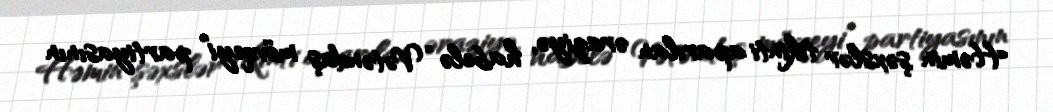
Həmin şəxslər tikinti aparılan əraziyə, habelə “Vətəndaş mövqeyi” partiyasının